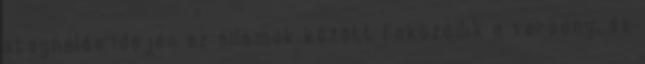
stagnálás idején az államok között fokozódik a verseny, és